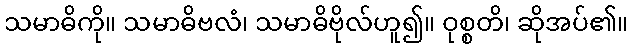
သမာဓိကို။ သမာဓိဗလံ၊ သမာဓိဗိုလ်ဟူ၍။ ဝုစ္စတိ၊ ဆိုအပ်၏။